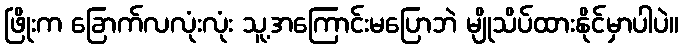
ဖြိုးက ခြောက်လလုံးလုံး သူ့အကြောင်းမပြောဘဲ မျိုသိပ်ထားနိုင်မှာပါပဲ။